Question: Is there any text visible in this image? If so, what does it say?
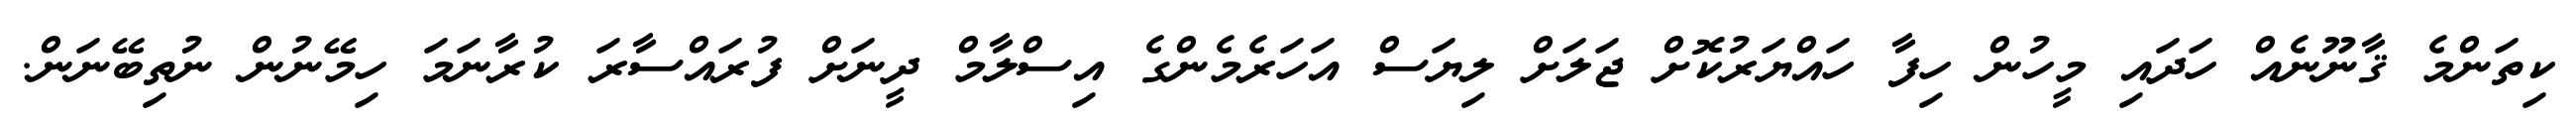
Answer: ކިތަންމެ ޤާނޫނެއް ހަދައި މީހުން ހިފާ ހައްޔަރުކޮށް ޖަލަށް ލިޔަސް އަހަރެމެންގެ އިސްލާމް ދީނަށް ފުރައްސާރަ ކުރާނަމަ ހިމޭނުން ނުތިބޭނަން.